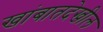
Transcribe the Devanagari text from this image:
खांबातदेखील